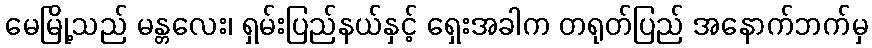
မေမြို့သည် မန္တလေး၊ ရှမ်းပြည်နယ်နှင့် ရှေးအခါက တရုတ်ပြည် အနောက်ဘက်မှ